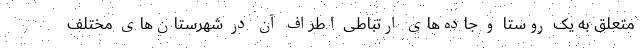
متعلق به یک روستا و جاده‌های ارتباطی اطراف آن در شهرستان‌های مختلف